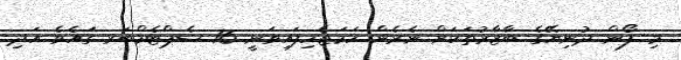
މި ފޯން ދުނިޔޭގެ ބާޒާރުތަކަށް ނެރެން ހަމަޖެހިފައިވަނީ 16 ސެޕްޓެމްބަރ ގައެވެ އަދި